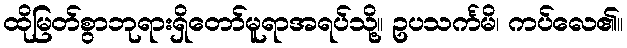
ထိုမြတ်စွာဘုရားရှိတော်မူရာအရပ်သို့။ ဥပသင်္ကမိ၊ ကပ်လေ၏။